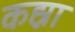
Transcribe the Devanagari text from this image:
कह्ना